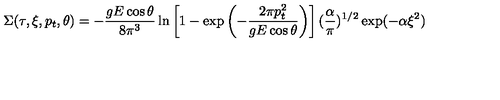
\Sigma ( \tau , \xi , p _ { t } , \theta ) = - \frac { g E \cos \theta } { 8 \pi ^ { 3 } } \ln \left[ 1 - \exp \left( - { \frac { 2 \pi p _ { t } ^ { 2 } } { g E \cos \theta } } \right) \right] ( { \frac { \alpha } { \pi } } ) ^ { 1 / 2 } \exp ( - \alpha \xi ^ { 2 } )